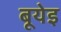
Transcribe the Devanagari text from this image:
बूयेइ